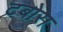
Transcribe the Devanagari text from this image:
टबोरा